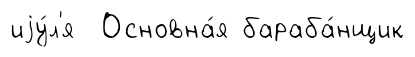
иjу́л'я Основна́я бараба́нщик